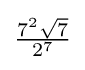
{\tfrac {7^{2}{\sqrt {7}}}{2^{7}}}